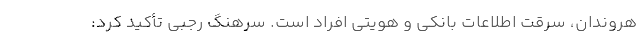
هروندان، سرقت اطلاعات بانکی و هویتی افراد است. سرهنگ رجبی تأکید کرد: